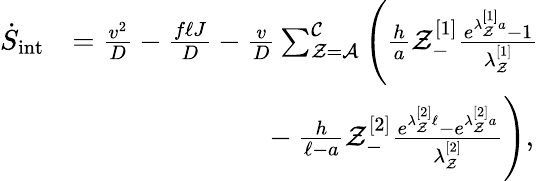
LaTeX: \begin{array}{rl}{\dot{S}_{\mathrm{int}}}&{=\frac{v^{2}}{D}-\frac{f\ell J}{D}-\frac{v}{D}\sum_{\mathcal{Z}=\mathcal{A}}^{\mathcal{C}}\Bigg(\frac{h}{a}\mathcal{Z}_{-}^{[1]}\frac{e^{\lambda_{\mathcal{Z}}^{[1]}a}-1}{\lambda_{\mathcal{Z}}^{[1]}}}\\ &{~~~~~~~~~~~~~~~~~~~~~~~~~~~-\frac{h}{\ell-a}\mathcal{Z}_{-}^{[2]}\frac{e^{\lambda_{\mathcal{Z}}^{[2]}\ell}-e^{\lambda_{\mathcal{Z}}^{[2]}a}}{\lambda_{\mathcal{Z}}^{[2]}}\Bigg),}\end{array}